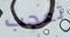
تعجب